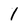
Character: 1